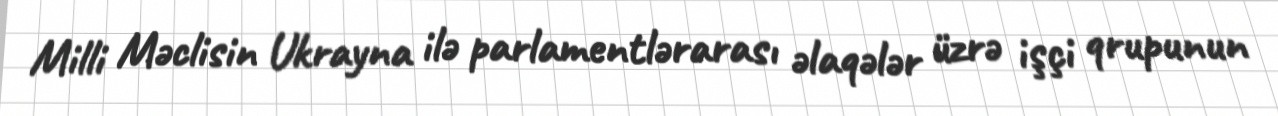
Milli Məclisin Ukrayna ilə parlamentlərarası əlaqələr üzrə işçi qrupunun